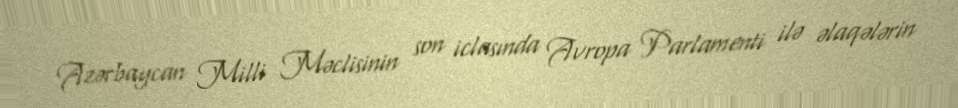
Azərbaycan Milli Məclisinin son iclasında Avropa Parlamenti ilə əlaqələrin